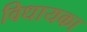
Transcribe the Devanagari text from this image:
विधायका